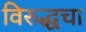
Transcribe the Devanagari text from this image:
विरुद्धचा